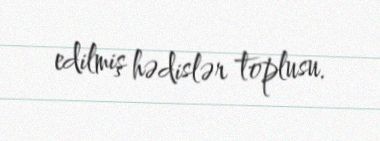
edilmiş hədislər toplusu.